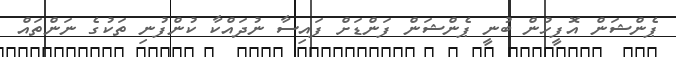
ޕެންޝަން އޮފީހުން ބުނީ ޕެންޝަން ފަންޑަށް ފައިސާ ނުދައްކާ ކުންފުނި ތަކުގެ ނަންތައް